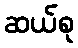
ဆယ်စု